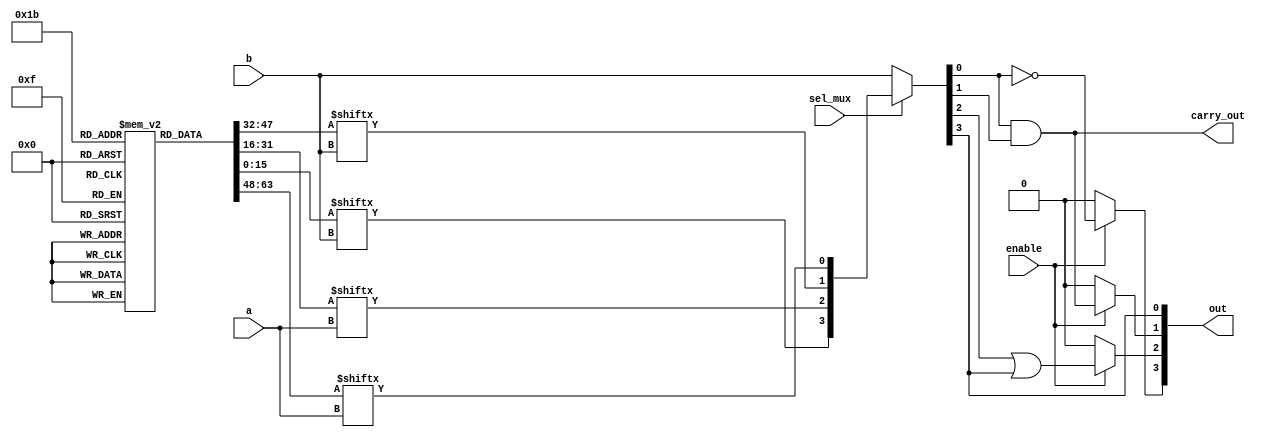
module combinational_logic_block (
    input wire [3:0] a,        // Inputs to the LUTs
    input wire [3:0] b,        // More inputs for additional logic
    input wire sel_mux,        // Selector for the multiplexer
    input wire enable,         // Enable signal for additional logic
    output wire [3:0] out,     // Output from the CLB
    output wire carry_out       // Carry output for arithmetic operations
);
    // Configuration memory (simple truth table for demonstration)
    reg [15:0] lut_memory [0:3]; // 16 entries for 4-bit inputs (for simplicity)
    
    initial begin
        // Example configurations for LUTs (can be changed as needed)
        lut_memory[0] = 16'b0000000000000000; // LUT 0: AND function
        lut_memory[1] = 16'b1111111111111111; // LUT 1: OR function
        lut_memory[2] = 16'b1010101010101010; // LUT 2: XOR function
        lut_memory[3] = 16'b0101010101010101; // LUT 3: NOT function (on a specific input)
    end

    // LUT Output
    wire [3:0] lut_out;
    assign lut_out[0] = lut_memory[0][{a[3], a[2], a[1], a[0]}];
    assign lut_out[1] = lut_memory[1][{b[3], b[2], b[1], b[0]}];
    assign lut_out[2] = lut_memory[2][{a[3], a[2], a[1], a[0]}];
    assign lut_out[3] = lut_memory[3][{b[3], b[2], b[1], b[0]}];

    // Mux for Routing
    wire [3:0] mux_out;
    assign mux_out = (sel_mux) ? lut_out : b; // Select between LUT output and b

    // Additional Logic Gates (AND, OR, NOT)
    wire and_out, or_out, not_out;
    assign and_out = enable ? (mux_out[0] & mux_out[1]) : 0; // AND gate
    assign or_out  = enable ? (mux_out[2] | mux_out[3]) : 0; // OR gate
    assign not_out = enable ? ~mux_out[0] : 0;                // NOT gate

    // Final Output
    assign out = {not_out, or_out, and_out, mux_out[3]}; // Combine outputs
    assign carry_out = mux_out[0] & mux_out[1]; // Example carry out (could be modified for specific use cases)

endmodule